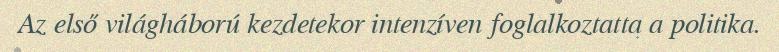
Az első világháború kezdetekor intenzíven foglalkoztatta a politika.